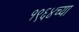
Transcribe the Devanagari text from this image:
१९६४च्या